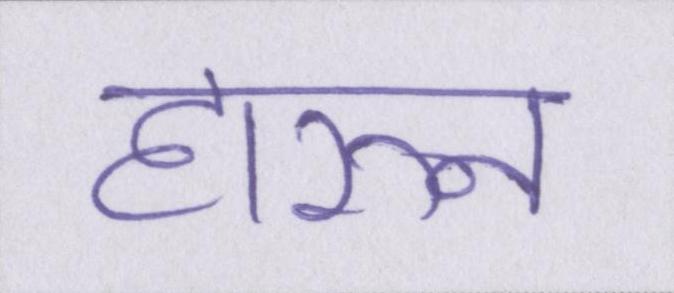
हारुन